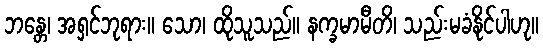
ဘန္တေ၊ အရှင်ဘုရား။ သော၊ ထိုသူသည်။ နက္ခမာမီတိ၊ သည်းမခံနိုင်ပါဟု။